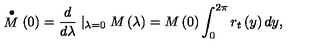
\stackrel { \bullet } { M } \left( 0 \right) = \frac d { d \lambda } \mid _ { \lambda = 0 } M \left( \lambda \right) = M \left( 0 \right) \int _ { 0 } ^ { 2 \pi } r _ { t } \left( y \right) d y ,